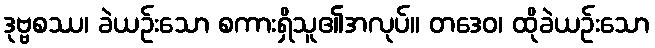
ဒုဗ္ဗစဿ၊ ခဲယဉ်းသော စကားရှိသူ၏အလုပ်။ တဒေဝ၊ ထိုခဲယဉ်းသော